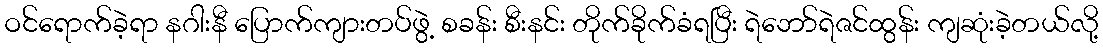
ဝင်ရောက်ခဲ့ရာ နဂါးနီ ပြောက်ကျားတပ်ဖွဲ့ စခန်း စီးနင်း တိုက်ခိုက်ခံရပြီး ရဲဘော်ရဲဇင်ထွန်း ကျဆုံးခဲ့တယ်လို့